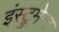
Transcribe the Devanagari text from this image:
इंस्ट्रुमेन्ट